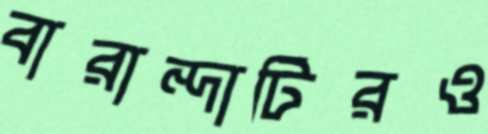
বারান্দাটিরও